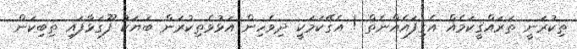
ތިކުރަނީ ތަރައްޤީކަމެއް އެގިފައެއްނެތް ! އެގޭކަމަކީ ދިވެހިން އަޅުވެތިކުރަން ބަޔަކު ފޫގަޅާފައި ތިބިކަން